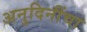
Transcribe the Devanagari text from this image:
अनुदिनींचा